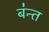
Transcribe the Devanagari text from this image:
ब॑न्त